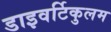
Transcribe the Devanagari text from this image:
डाइवर्टिकुलम